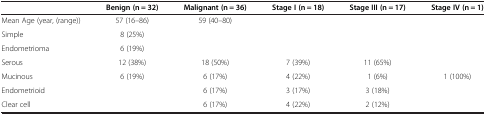
<table><thead><tr><td><b> </b></td><td><b>Benign (n = 32)</b></td><td><b>Malignant (n = 36)</b></td><td><b>Stage I (n = 18)</b></td><td><b>Stage III (n = 17)</b></td><td><b>Stage IV (n = 1)</b></td></tr></thead><tbody><tr><td>Mean Age (year, (range))</td><td>57 (16–86)</td><td>59 (40–80)</td><td> </td><td> </td><td> </td></tr><tr><td>Simple</td><td>8 (25%)</td><td> </td><td> </td><td> </td><td> </td></tr><tr><td>Endometrioma</td><td>6 (19%)</td><td> </td><td> </td><td> </td><td> </td></tr><tr><td>Serous</td><td>12 (38%)</td><td>18 (50%)</td><td>7 (39%)</td><td>11 (65%)</td><td> </td></tr><tr><td>Mucinous</td><td>6 (19%)</td><td>6 (17%)</td><td>4 (22%)</td><td>1 (6%)</td><td>1 (100%)</td></tr><tr><td>Endometrioid</td><td> </td><td>6 (17%)</td><td>3 (17%)</td><td>3 (18%)</td><td> </td></tr><tr><td>Clear cell</td><td> </td><td>6 (17%)</td><td>4 (22%)</td><td>2 (12%)</td><td> </td></tr></tbody></table>